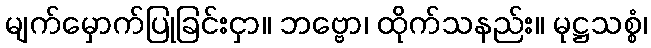
မျက်မှောက်ပြုခြင်းငှာ။ ဘဗ္ဗော၊ ထိုက်သနည်း။ မုဋ္ဌသစ္စံ၊